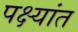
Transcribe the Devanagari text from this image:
पक्ष्यांत